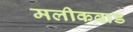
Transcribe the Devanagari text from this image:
मलीकवाड